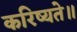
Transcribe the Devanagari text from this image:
करिष्यते॥